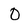
Character: O